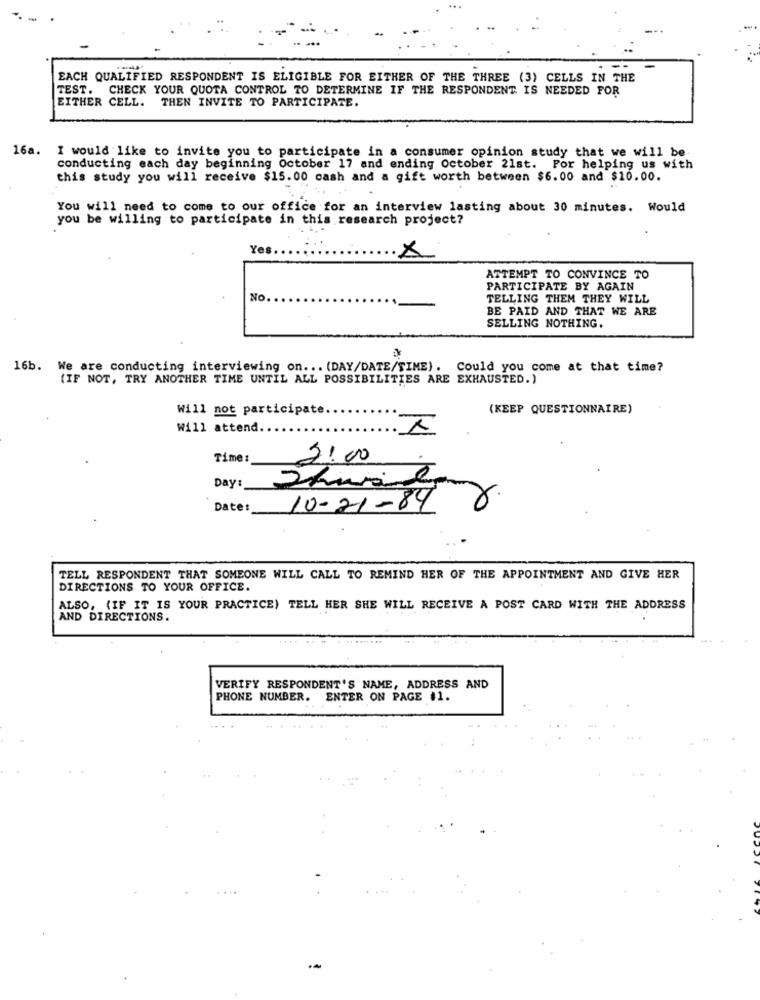
EACH QUALIFIED RESPONDENT IS ELIGIBLE FOR EITHER OF THE THREE (3) CELLS IN THE
TEST. CHECK YOUR QUOTA CONTROL TO DETERMINE IF THE RESPONDENT IS NEEDED FOR
EITHER CELL. THEN INVITE TO PARTICIPATE.
16a. I would like to invite you to participate in a consumer opinion study that we will be-
conducting each day beginning October 17 and ending October 21st. For helping us with
this study you will receive $15.00 cash and a gift worth between $6.00 and $10.00.
You will need to come to our office for an interview lasting about 30 minutes. Would
you be willing to participate in this research project?
Yes
×
ATTEMPT TO CONVINCE TO
PARTICIPATE BY AGAIN
No.
TELLING THEM THEY WILL
BE PAID AND THAT WE ARE
SELLING NOTHING.
16b. We are conducting interviewing on ... (DAY/DATE/TIME). Could you come at that time?
(IF NOT, TRY ANOTHER TIME UNTIL ALL POSSIBILITIES ARE EXHAUSTED.)
Will not participate.
(KEEP QUESTIONNAIRE)
Will attend.
Time:
2:00
Day:
Date:
10-21-84
TELL RESPONDENT THAT SOMEONE WILL CALL TO REMIND HER OF THE APPOINTMENT AND GIVE HER
DIRECTIONS TO YOUR OFFICE.
ALSO, {IF IT IS YOUR PRACTICE) TELL HER SHE WILL RECEIVE A POST CARD WITH THE ADDRESS
AND DIRECTIONS.
....
VERIFY RESPONDENT'S NAME, ADDRESS AND
PHONE NUMBER.
ENTER ON PAGE #1.